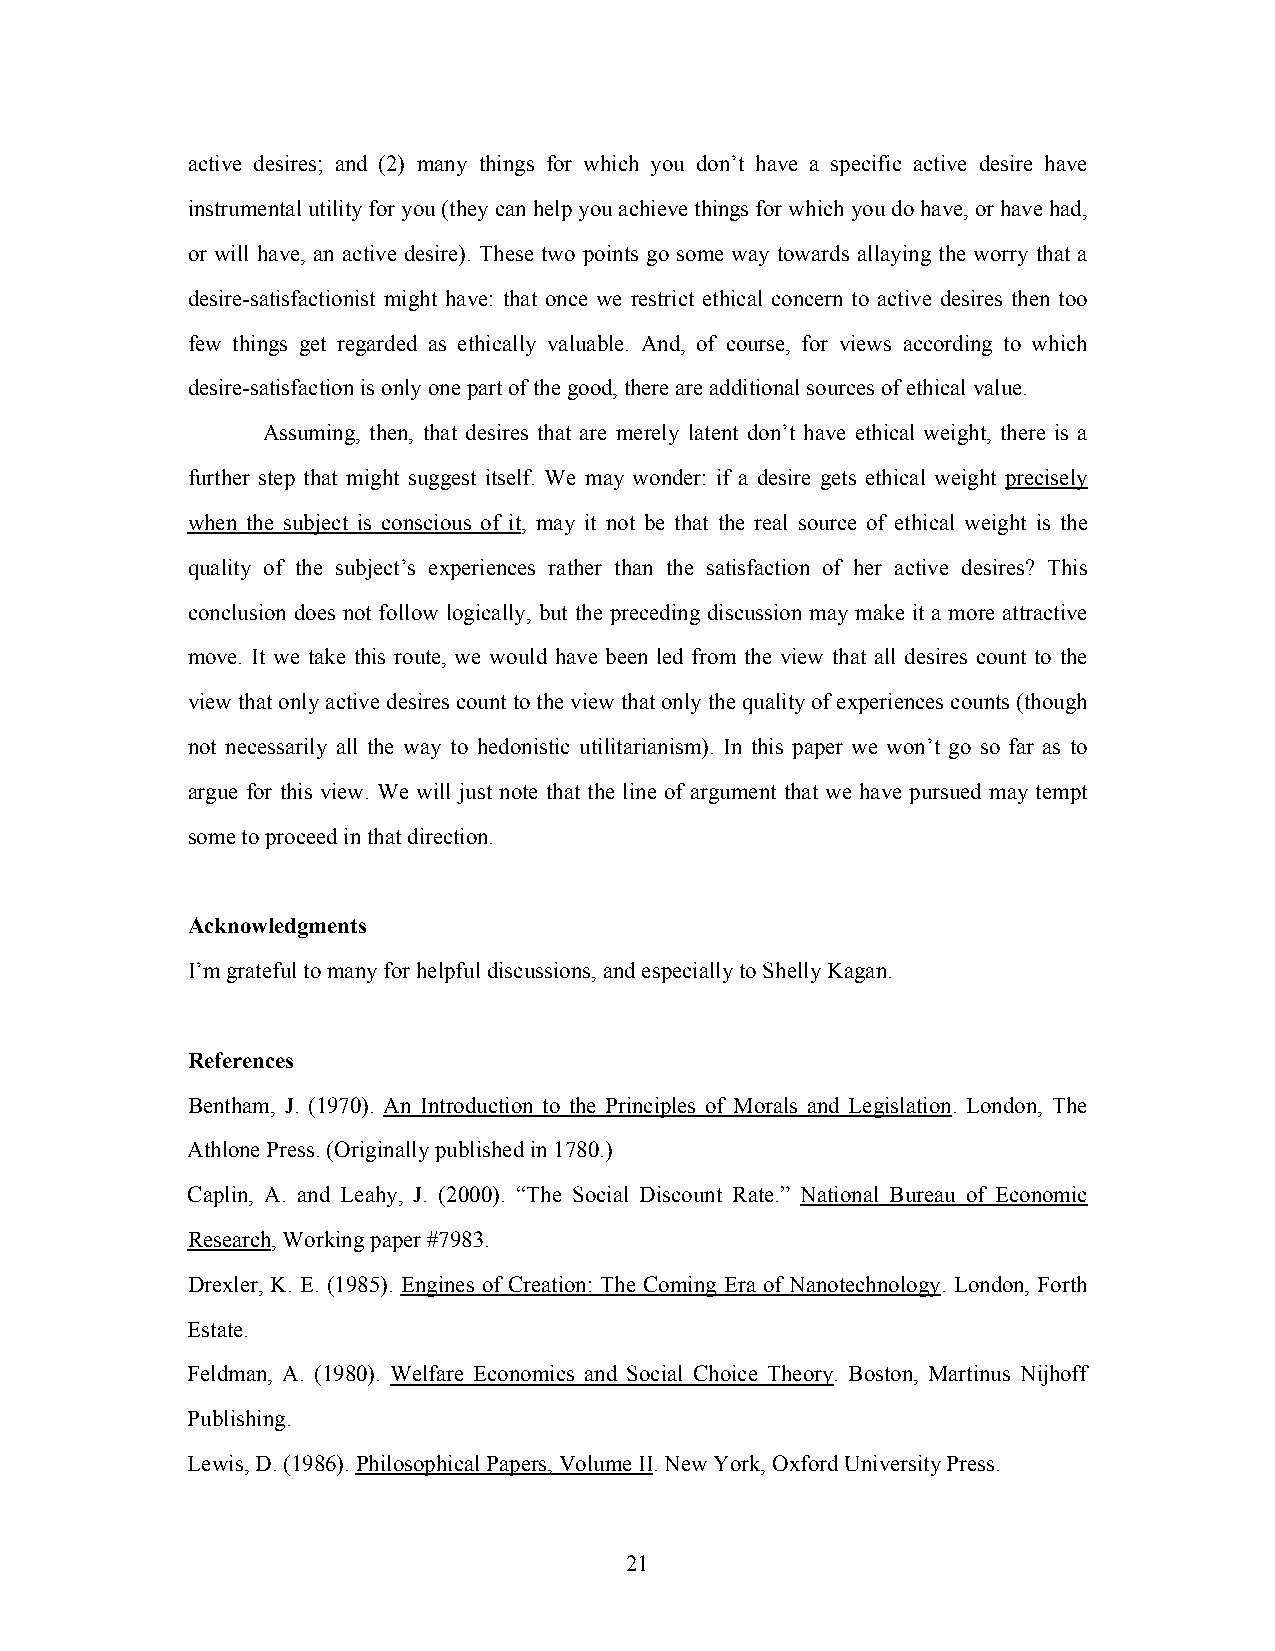
active desires; and (2) many things for which you don’t have a specific active desire have
 instrumental utility for you (they can help you achieve things for which you do have, or have had,
 or will have, an active desire). These two points go some way towards allaying the worry that a
 desire-satisfactionist might have: that once we restrict ethical concern to active desires then too
 few things get regarded as ethically valuable. And, of course, for views according to which
 desire-satisfaction is only one part of the good, there are additional sources of ethical value.
 Assuming, then, that desires that are merely latent don’t have ethical weight, there is a
 further step that might suggest itself. We may wonder: if a desire gets ethical weight precisely
 when the subject is conscious of it, may it not be that the real source of ethical weight is the
 quality of the subject’s experiences rather than the satisfaction of her active desires? This
 conclusion does not follow logically, but the preceding discussion may make it a more attractive
 move. It we take this route, we would have been led from the view that all desires count to the
 view that only active desires count to the view that only the quality of experiences counts (though
 not necessarily all the way to hedonistic utilitarianism). In this paper we won’t go so far as to
 argue for this view. We will just note that the line of argument that we have pursued may tempt
 some to proceed in that direction.
 Acknowledgments
 I’m grateful to many for helpful discussions, and especially to Shelly Kagan.
 References
 Bentham, J. (1970). An Introduction to the Principles of Morals and Legislation. London, The
 Athlone Press. (Originally published in 1780.)
 Caplin, A. and Leahy, J. (2000). “The Social Discount Rate.” National Bureau of Economic
 Research, Working paper #7983.
 Drexler, K. E. (1985). Engines of Creation: The Coming Era of Nanotechnology. London, Forth
 Estate.
 Feldman, A. (1980). Welfare Economics and Social Choice Theory. Boston, Martinus Nijhoff
 Publishing.
 Lewis, D. (1986). Philosophical Papers, Volume II. New York, Oxford University Press.
 21